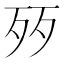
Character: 㱛